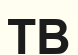
ТВ